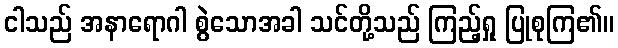
ငါသည် အနာရောဂါ စွဲသောအခါ သင်တို့သည် ကြည့်ရှု ပြုစုကြ၏။